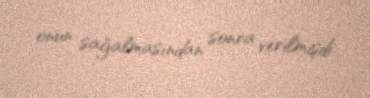
onun sağalmasından sonra verilmişdi.